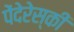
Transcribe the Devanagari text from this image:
पेंदेरेस्की